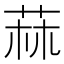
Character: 𦱍